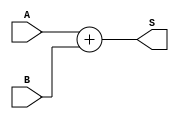
module adder (S,A,B);
input [31:0] A,B;
output [31:0] S;
reg [31:0] S;
always @ (A or B)
S = A + B;
endmodule